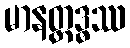
မာနတ္ထဒ္ဓဿ